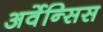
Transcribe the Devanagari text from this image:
अर्वेन्सिस